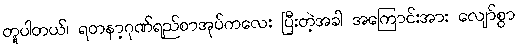
တူပါတယ်၊ ရတနာ့ဂုဏ်ရည်စာအုပ်ကလေး ပြီးတဲ့အခါ အကြောင်းအား လျော်စွာ